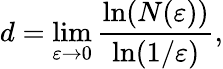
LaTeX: d=\operatorname*{lim}_{\varepsilon\rightarrow 0}\frac{\ln(N(\varepsilon))}{\ln(1/\varepsilon)},